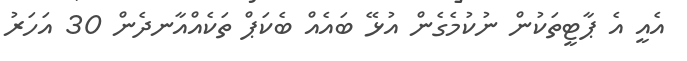
އެއީ އެ ޕާޓީތަކުން ނުކުމެގެން އުޅޭ ބައެއް ބެކަޕް ތަކެއްއާނދެން 30 އަހަރު